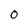
Character: O